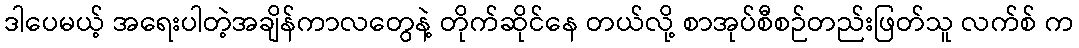
ဒါပေမယ့် အရေးပါတဲ့အချိန်ကာလတွေနဲ့ တိုက်ဆိုင်နေ တယ်လို့ စာအုပ်စီစဉ်တည်းဖြတ်သူ လက်စ် က